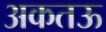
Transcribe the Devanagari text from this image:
अकतऊ